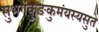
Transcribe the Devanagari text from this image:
सुभगंकुङकुमंयस्यसुते